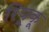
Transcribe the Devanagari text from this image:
रियूकू